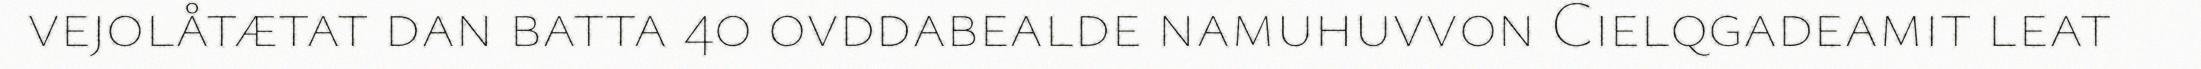
vejolåtætat dan batta 40 ovddabealde namuhuvvon Cielqgadeamit leat